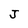
Character: J